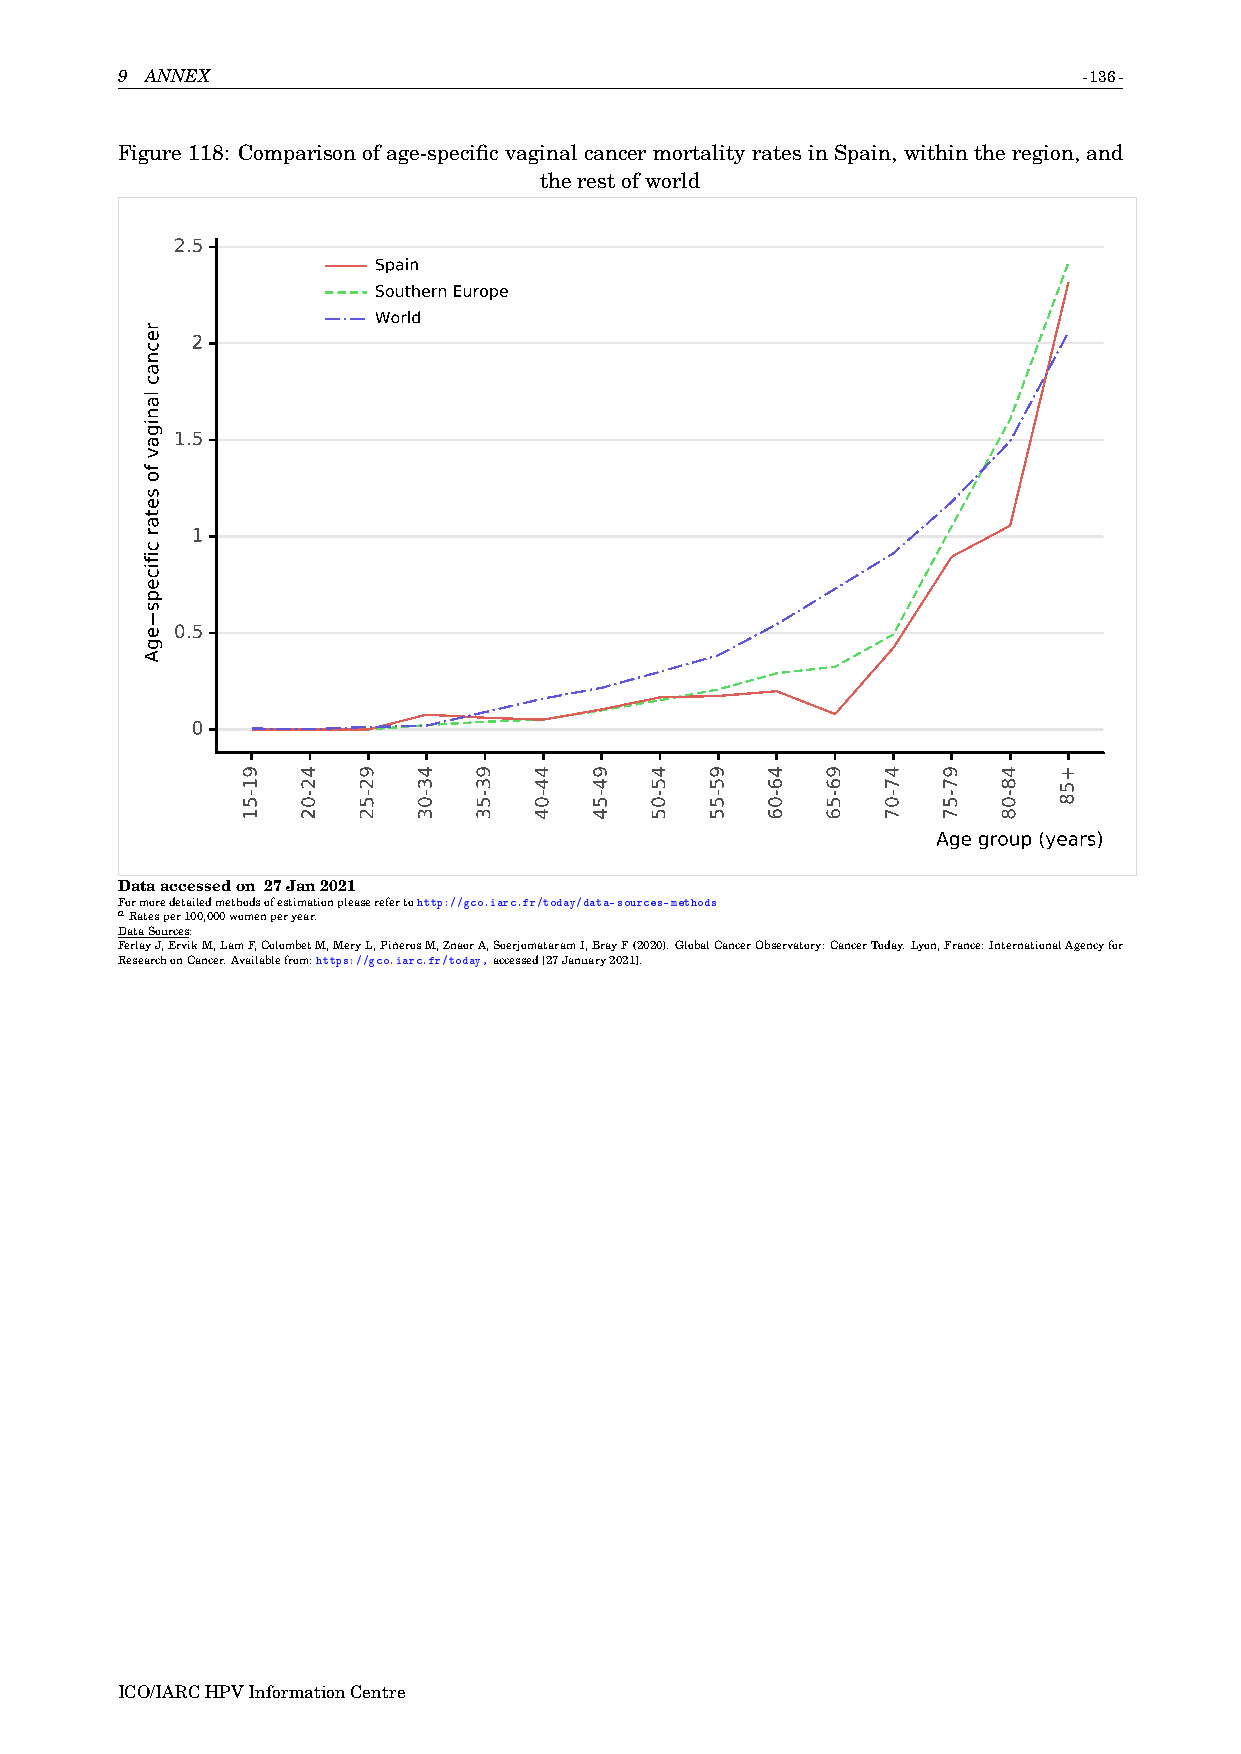
9 ANNEX                                                         -136-
 Figure 118: Comparison of age-specific vaginal cancer mortality rates in Spain, within the region, and
 therestofworld
 2.5
 Spain
 Southern Europe
 World
 2
 1.5
 1
 0.5
 0
 Age group (years)
 Dataaccessedon 27Jan2021
 Formoredetailedmethodsofestimationpleaserefertohttp://gco.iarc.fr/today/data-sources-methods
 aRatesper100,000womenperyear.
 DataSources:
 FerlayJ,ErvikM,LamF,ColombetM,MeryL,PiñerosM,ZnaorA,SoerjomataramI,BrayF(2020).GlobalCancerObservatory:CancerToday.Lyon,France:InternationalAgencyfor
 ResearchonCancer.Availablefrom:https://gco.iarc.fr/today,accessed[27January2021].
 ICO/IARCHPVInformationCentre
 recnac
 lanigav
 fo
 setar
 cificeps
 egA
 91-51 42-02 92-52 43-03 93-53 44-04 94-54 45-05 95-55 46-06 96-56 47-07 97-57 48-08 +58